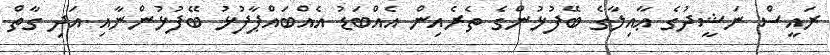
ރައީސް ނަޝީދުގެ ޢާއިލާގެ ބޭފުޅުންގެ ތެރެއިން އެއްބަޑު އެއްބައްޕާފުޅު ބޭފުޅުންނާއި އަދި ގާތް